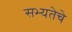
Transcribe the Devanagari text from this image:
सभ्यतेचे